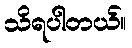
သိရပါတယ်။